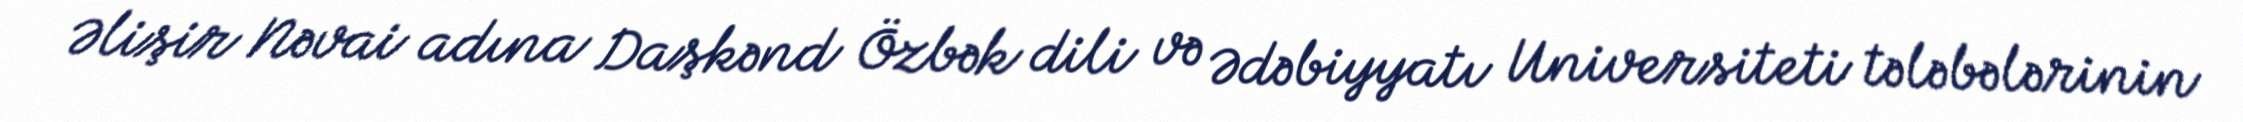
Əlişir Nəvai adına Daşkənd Özbək dili və Ədəbiyyatı Universiteti tələbələrinin